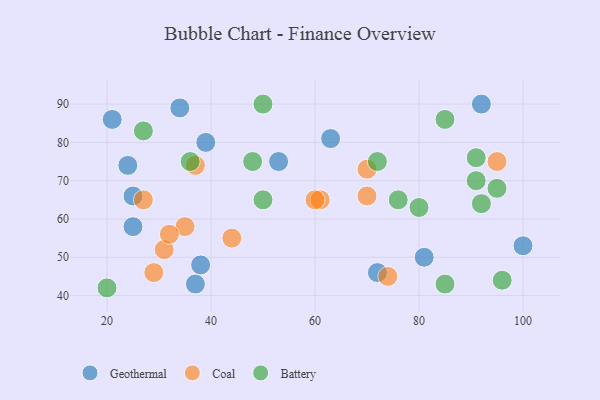
{"axis": {"x": "GDP", "y": "Life Expectancy"}, "legend": ["Battery", "Coal", "Geothermal"], "data": [{"x": "34", "y": 89, "type": "Geothermal"}, {"x": "21", "y": 86, "type": "Geothermal"}, {"x": "92", "y": 90, "type": "Geothermal"}, {"x": "72", "y": 46, "type": "Geothermal"}, {"x": "24", "y": 74, "type": "Geothermal"}, {"x": "25", "y": 58, "type": "Geothermal"}, {"x": "100", "y": 53, "type": "Geothermal"}, {"x": "81", "y": 50, "type": "Geothermal"}, {"x": "63", "y": 81, "type": "Geothermal"}, {"x": "53", "y": 75, "type": "Geothermal"}, {"x": "39", "y": 80, "type": "Geothermal"}, {"x": "37", "y": 43, "type": "Geothermal"}, {"x": "25", "y": 66, "type": "Geothermal"}, {"x": "38", "y": 48, "type": "Geothermal"}, {"x": "70", "y": 66, "type": "Coal"}, {"x": "31", "y": 52, "type": "Coal"}, {"x": "61", "y": 65, "type": "Coal"}, {"x": "95", "y": 75, "type": "Coal"}, {"x": "74", "y": 45, "type": "Coal"}, {"x": "60", "y": 65, "type": "Coal"}, {"x": "37", "y": 74, "type": "Coal"}, {"x": "44", "y": 55, "type": "Coal"}, {"x": "70", "y": 73, "type": "Coal"}, {"x": "29", "y": 46, "type": "Coal"}, {"x": "35", "y": 58, "type": "Coal"}, {"x": "32", "y": 56, "type": "Coal"}, {"x": "27", "y": 65, "type": "Coal"}, {"x": "91", "y": 76, "type": "Battery"}, {"x": "76", "y": 65, "type": "Battery"}, {"x": "50", "y": 90, "type": "Battery"}, {"x": "80", "y": 63, "type": "Battery"}, {"x": "50", "y": 65, "type": "Battery"}, {"x": "95", "y": 68, "type": "Battery"}, {"x": "48", "y": 75, "type": "Battery"}, {"x": "36", "y": 75, "type": "Battery"}, {"x": "27", "y": 83, "type": "Battery"}, {"x": "85", "y": 43, "type": "Battery"}, {"x": "92", "y": 64, "type": "Battery"}, {"x": "85", "y": 86, "type": "Battery"}, {"x": "20", "y": 42, "type": "Battery"}, {"x": "72", "y": 75, "type": "Battery"}, {"x": "96", "y": 44, "type": "Battery"}, {"x": "91", "y": 70, "type": "Battery"}]}